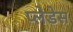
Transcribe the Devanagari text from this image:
प्लेडेस